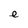
Character: e